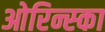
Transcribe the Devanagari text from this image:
ओरिन्स्का